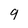
Character: 9